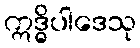
ဣဒ္ဓိပါဒေသု